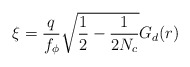
\begin{align*}\xi=\frac{q}{f_\phi}\sqrt{\frac{1}{2}-\frac{1}{2N_c}}G_d(r)\end{align*}